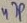
Text: 47P